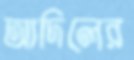
আদিলের